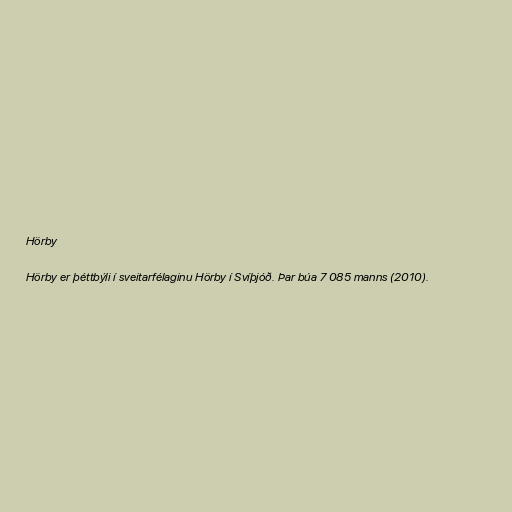
Hörby

Hörby er þéttbýli í sveitarfélaginu Hörby í Svíþjóð. Þar búa 7 085 manns (2010).